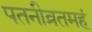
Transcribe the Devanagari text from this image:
पतनीव्रतमहं